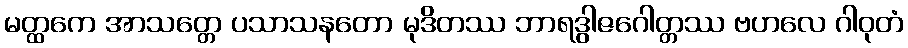
မတ္ထကေ အာသတ္တေ ပသာသနတော မုဒိတဿ ဘာရဒွါဇဂေါတ္တဿ ဗဟလေ ဂါဝုတံ